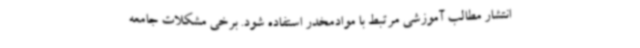
انتشار مطالب آموزشی مرتبط با موادمخدر استفاده شود. برخی مشکلات جامعه